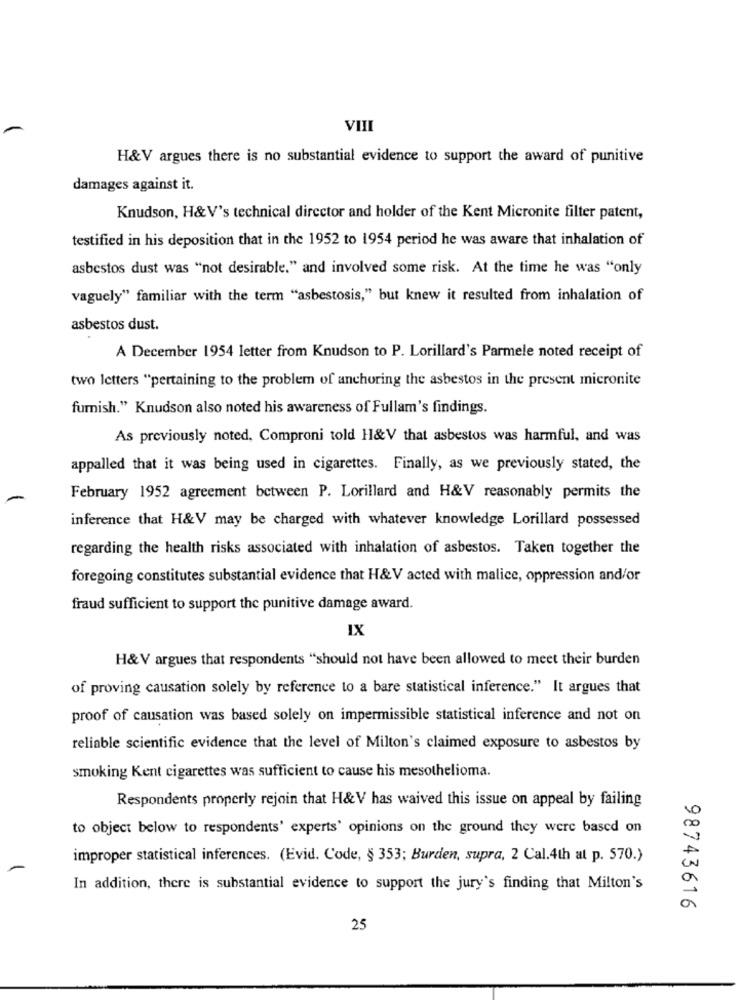
VIII
H&V argues there is no substantial evidence to support the award of punitive
damages against it.
Knudson, H&V's technical director and holder of the Kent Micronite filter patent,
testified in his deposition that in the 1952 to 1954 period he was aware that inhalation of
asbestos dust was "not desirable." and involved some risk. At the time he was "only
vaguely" familiar with the term "asbestosis," but knew it resulted from inhalation of
asbestos dust.
A December 1954 letter from Knudson to P. Lorillard's Parmele noted receipt of
two letters "pertaining to the problem of anchoring the asbestos in the present micronite
furnish." Knudson also noted his awareness of Fullam's findings.
As previously noted, Comproni told H&V that asbestos was harmful, and was
appalled that it was being used in cigarettes. Finally, as we previously stated, the
February 1952 agreement between P. Lorillard and H&V reasonably permits the
inference that H&V may be charged with whatever knowledge Lorillard possessed
regarding the health risks associated with inhalation of asbestos. Taken together the
foregoing constitutes substantial evidence that H&V acted with malice, oppression and/or
fraud sufficient to support the punitive damage award.
IX
H&V argues that respondents "should not have been allowed to meet their burden
of proving causation solely by reference to a bare statistical inference." It argues that
proof of causation was based solely on impermissible statistical inference and not on
reliable scientific evidence that the level of Milton's claimed exposure to asbestos by
smoking Kent cigarettes was sufficient to cause his mesothelioma.
Respondents properly rejoin that H&V has waived this issue on appeal by failing
to object below to respondents' experts' opinions on the ground they were based on
improper statistical inferences. (Evid. Code, § 353; Burden, supra, 2 Cal.4th al p. 570.)
In addition, there is substantial evidence to support the jury's finding that Milton's
98743616
25